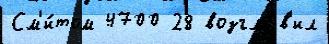
См'и́том 4700 28 возгла́в'ил